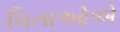
પિતાઓએ